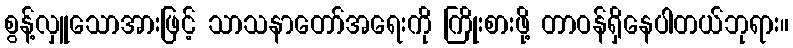
စွန့်လှူသောအားဖြင့် သာသနာတော်အရေးကို ကြိုးစားဖို့ တာဝန်ရှိနေပါတယ်ဘုရား။